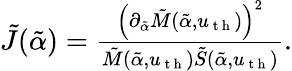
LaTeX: \begin{array}{r}{\tilde{J}(\tilde{\alpha})=\frac{\left(\partial_{\tilde{\alpha}}\tilde{M}(\tilde{\alpha},u_{\mathrm{~t~h~}})\right)^{2}}{\tilde{M}(\tilde{\alpha},u_{\mathrm{~t~h~}})\tilde{S}(\tilde{\alpha},u_{\mathrm{~t~h~}})}.}\end{array}